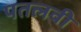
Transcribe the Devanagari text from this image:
पतलवी